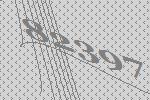
82397